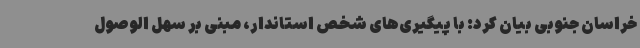
خراسان جنوبی بیان کرد: با پیگیری‌های شخص استاندار، مبنی بر سهل الوصول